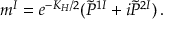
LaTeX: m ^ { I } = e ^ { - K _ { H } / 2 } ( \tilde { P } ^ { 1 I } + i \tilde { P } ^ { 2 I } ) \, .